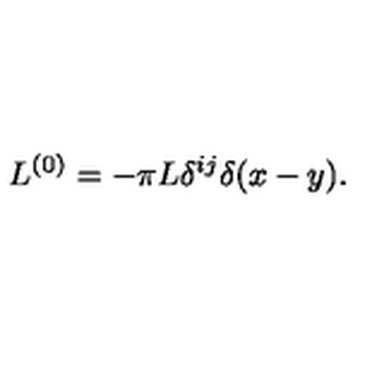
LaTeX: L ^ { ( 0 ) } = - \pi L \delta ^ { i j } \delta ( x - y ) .